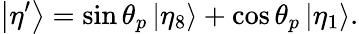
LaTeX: \left|\eta^{\prime}\right\rangle=\sin\theta_{p}\left|\eta_{8}\right\rangle+\cos\theta_{p}\left|\eta_{1}\right\rangle.